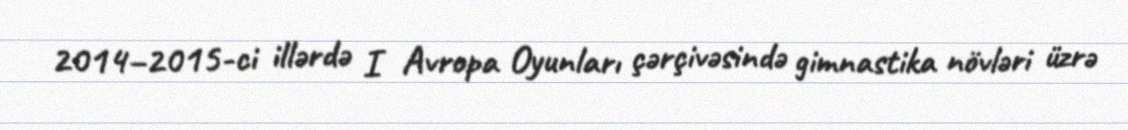
2014–2015-ci illərdə I Avropa Oyunları çərçivəsində gimnastika növləri üzrə